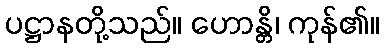
ပဋ္ဌာနတို့သည်။ ဟောန္တိ၊ ကုန်၏။